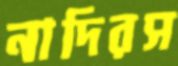
নাদিরস